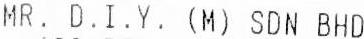
MR. D.I.Y. (M) SDN BHD